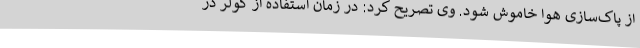
از پاک‌سازی هوا خاموش شود. وی تصریح کرد: در زمان استفاده از کولر در